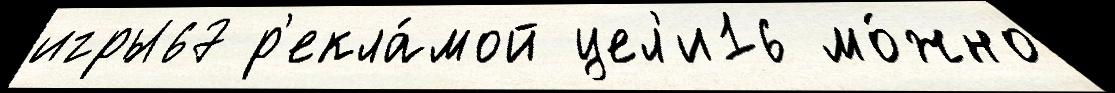
игры67 р'екла́мой цел'и16 мо́жно